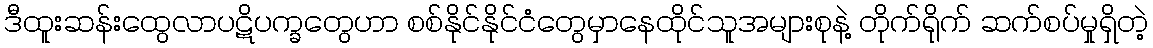
ဒီထူးဆန်းထွေလာပဋိပက္ခတွေဟာ စစ်နိုင်နိုင်ငံတွေမှာနေထိုင်သူအများစုနဲ့ တိုက်ရိုက် ဆက်စပ်မှုရှိတဲ့